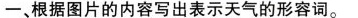
一、根据图片的内容写出表示天气的形容词。